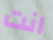
انت